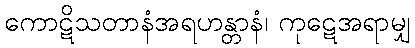
ကောဋိသတာနံအရဟန္တာနံ၊ ကုဋေအရာမျှ